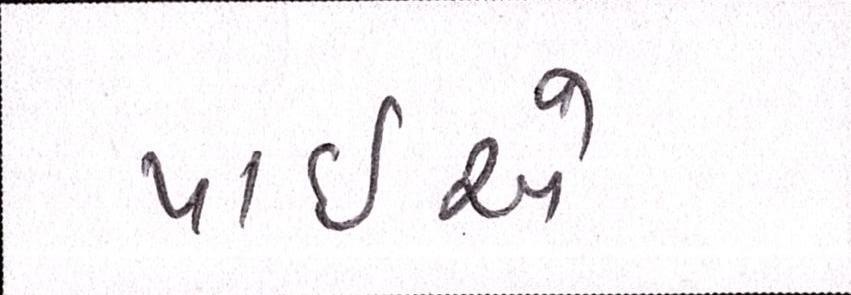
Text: પાઈએ